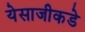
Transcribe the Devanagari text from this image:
येसाजीकडे